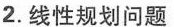
2.线性规划问题